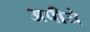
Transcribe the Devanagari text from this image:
अपीजे